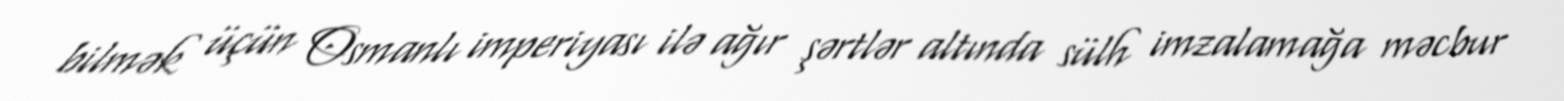
bilmək üçün Osmanlı imperiyası ilə ağır şərtlər altında sülh imzalamağa məcbur